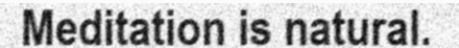
Meditation is natural.